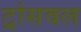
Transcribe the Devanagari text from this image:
ट्रांसवल